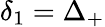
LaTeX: \delta_{1}=\Delta_{+}